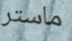
ماستر